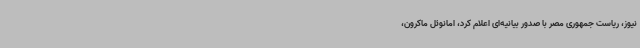
نیوز، ریاست جمهوری مصر با صدور بیانیه‌ای اعلام کرد، امانوئل ماکرون،